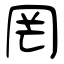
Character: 罔